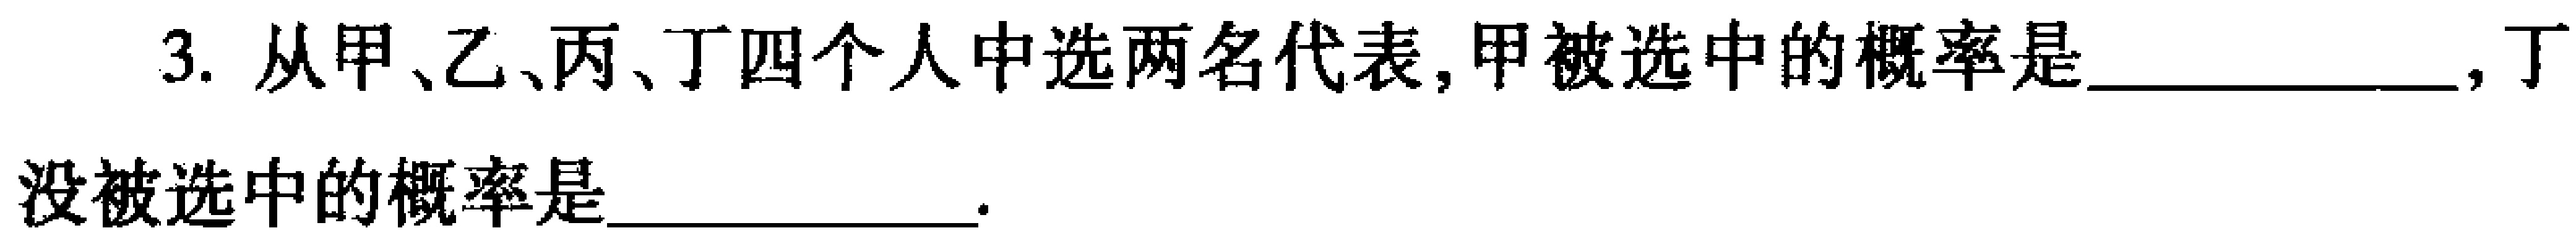
3. 从甲、乙、丙、丁四个人中选两名代表, 甲被选中的概率是____________, 丁没被选中的概率是____________.